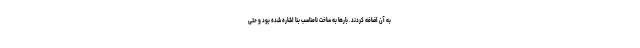
به آن اضافه کردند. بارها به ساخت نامناسب بنا اشاره شده بود و حتی